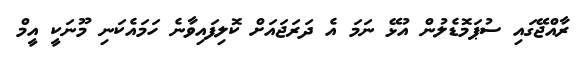
ރާއްޖޭގައި ސުޕަމޮޑެލުން އުޅޭ ނަމަ އެ ދަރަޖައަށް ކޮލިފައިވާނެ ހަމައެކަނި މޫނަކީ އީމް